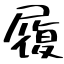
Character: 履